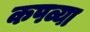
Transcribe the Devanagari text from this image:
कपव्या